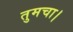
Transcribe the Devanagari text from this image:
तुमचा।